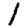
Digit: 1